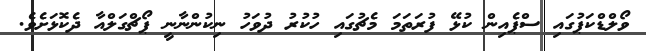
ވޯލްޑްކަޕުގައި ސްޕެއިން ކުޅޭ ފުރަތަމަ މެޗުގައި ހުކުރު ދުވަހު ނިކުންނާނީ ޕޯޗްގަލްއާ ދެކޮޅަށެވެ.